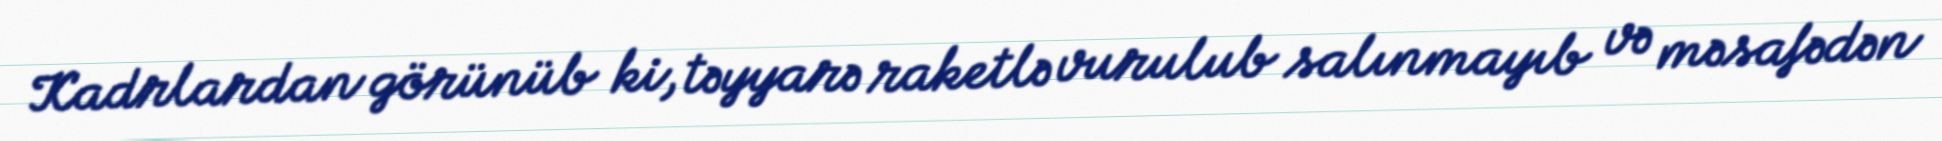
Kadrlardan görünüb ki, təyyarə raketlə vurulub salınmayıb və məsafədən